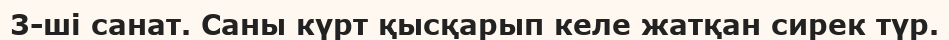
3-ші санат. Саны күрт қысқарып келе жатқан сирек түр.